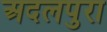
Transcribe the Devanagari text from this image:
अदलपुरा